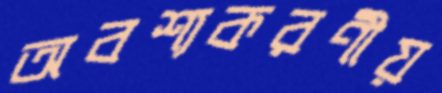
অবশ্যকরণীয়